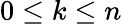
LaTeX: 0\leq k\leq n